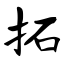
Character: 拓